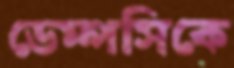
ডেম্পসিকে